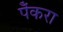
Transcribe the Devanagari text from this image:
पेँकरा